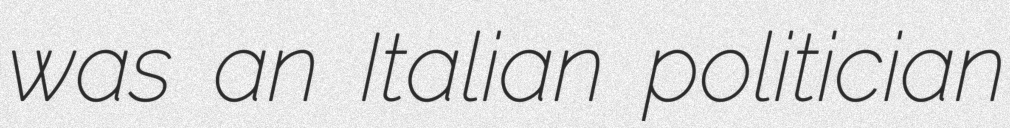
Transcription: was an Italian politician